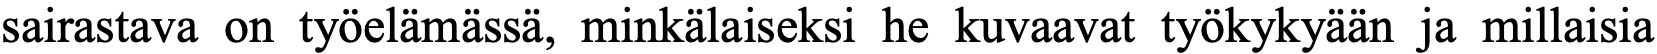
sairastava on työelämässä, minkälaiseksi he kuvaavat työkykyään ja millaisia